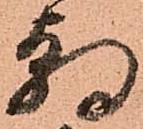
朝